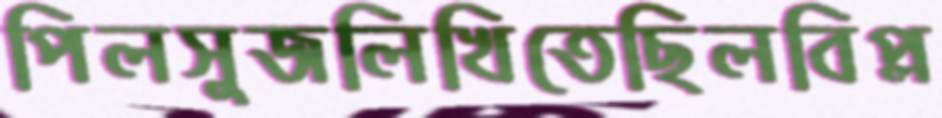
পিলসুজলিখিতেছিলবিপ্ল